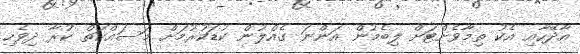
އާދޭހާއި އެކު ތިމާވެށްޓަށް ލިބެމުން އަންނަ ގެއްލުން ކުޑަކުރުމަށް މަސައްކަތް ކުރާ ދިވެހި